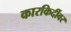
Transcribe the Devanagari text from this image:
कारकिर्दीवर